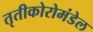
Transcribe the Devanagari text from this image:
तृतीकोरोमंडेल